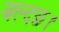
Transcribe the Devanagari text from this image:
बल्दछ।